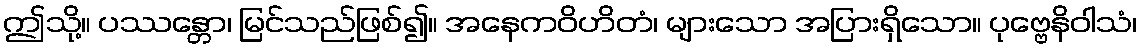
ဤသို့။ ပဿန္တော၊ မြင်သည်ဖြစ်၍။ အနေကဝိဟိတံ၊ များသော အပြားရှိသော။ ပုဗ္ဗေနိဝါသံ၊